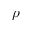
\rho